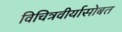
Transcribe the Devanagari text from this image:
विचित्रवीर्यासोबत